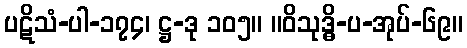
ပဋိသံ-ပါ-၁၇၄၊ ဋ္ဌ-ဒု ၁၀၅။ ။ဝိသုဒ္ဓိ-ပ-အုပ်-၆၉။